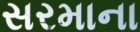
સરમાના